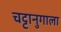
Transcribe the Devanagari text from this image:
चट्टानुगाला